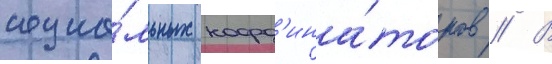
социа́льных коорд'ина́торов // В